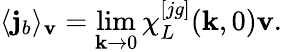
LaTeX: \langle{\mathbf j}_{b}\rangle_{\mathbf v}=\operatorname*{lim}_{{\mathbf k}\to 0}\chi_{L}^{[jg]}({\mathbf k},0){\mathbf v}.